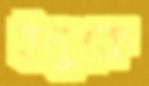
ইনুকে